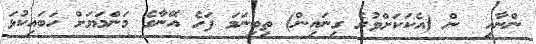
ންނާއި  ން (އެކަކަށްވުރެ ގިނައިން) ތިބިނަމަ ފަހެ އޭނާގެ މަންމަޔަށް ހަބައިކުޅަ